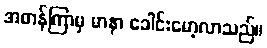
အတန်ကြာမှ မာနာ ခေါင်းမော့လာသည်။